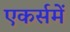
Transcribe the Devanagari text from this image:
एकर्समें